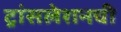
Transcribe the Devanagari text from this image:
ट्रांसलेशनची